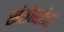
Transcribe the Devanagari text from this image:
संतोबांचा